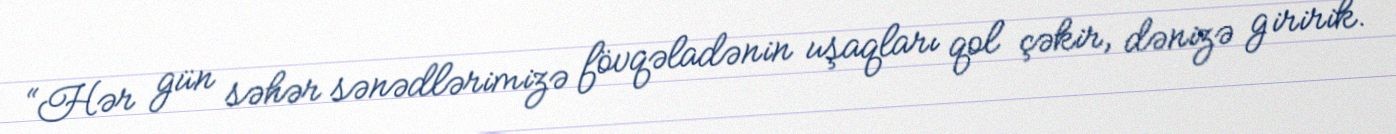
“Hər gün səhər sənədlərimizə fövqəladənin uşaqları qol çəkir, dənizə giririk.